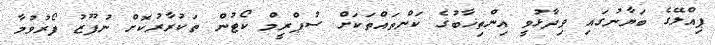
ޕިއްލޭގެ ބަޔާނުގައި ވިދާޅުވީ އިންތިޚާބުގެ ކަންތައްތަކަށް ސުޕްރީމް ކޯޓުން ތަކުރާރުކޮށް ނުފޫޒު ފޯރުވުމާ